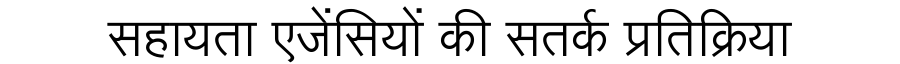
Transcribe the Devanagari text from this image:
सहायता एजेंसियों की सतर्क प्रतिक्रिया